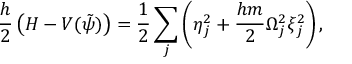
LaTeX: \frac { h } { 2 } \left( H - V ( \tilde { \psi } ) \right) = \frac { 1 } { 2 } \sum _ { j } \left( \eta _ { j } ^ { 2 } + \frac { h m } { 2 } \Omega _ { j } ^ { 2 } \xi _ { j } ^ { 2 } \right) ,